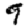
Digit: 9